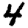
Digit: 4